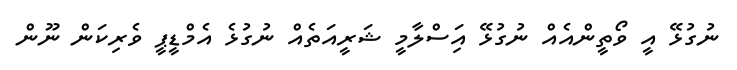
ނުގުޅޭ އީ ވޯތީންއެއް ނުގުޅޭ އަިސްލާމީ ޝަަރީއަތެއް ނުގުޅެ އެމްޑީޕީ ވެރިކަން ނޫން